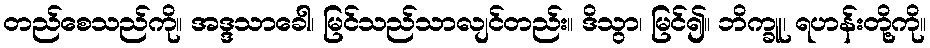
တည်စေသည်ကို။ အဒ္ဒသာခေါ၊ မြင်သည်သာလျင်တည်း။ ဒိသွာ၊ မြင်၍။ ဘိက္ခူ၊ ရဟန်းတို့ကို။